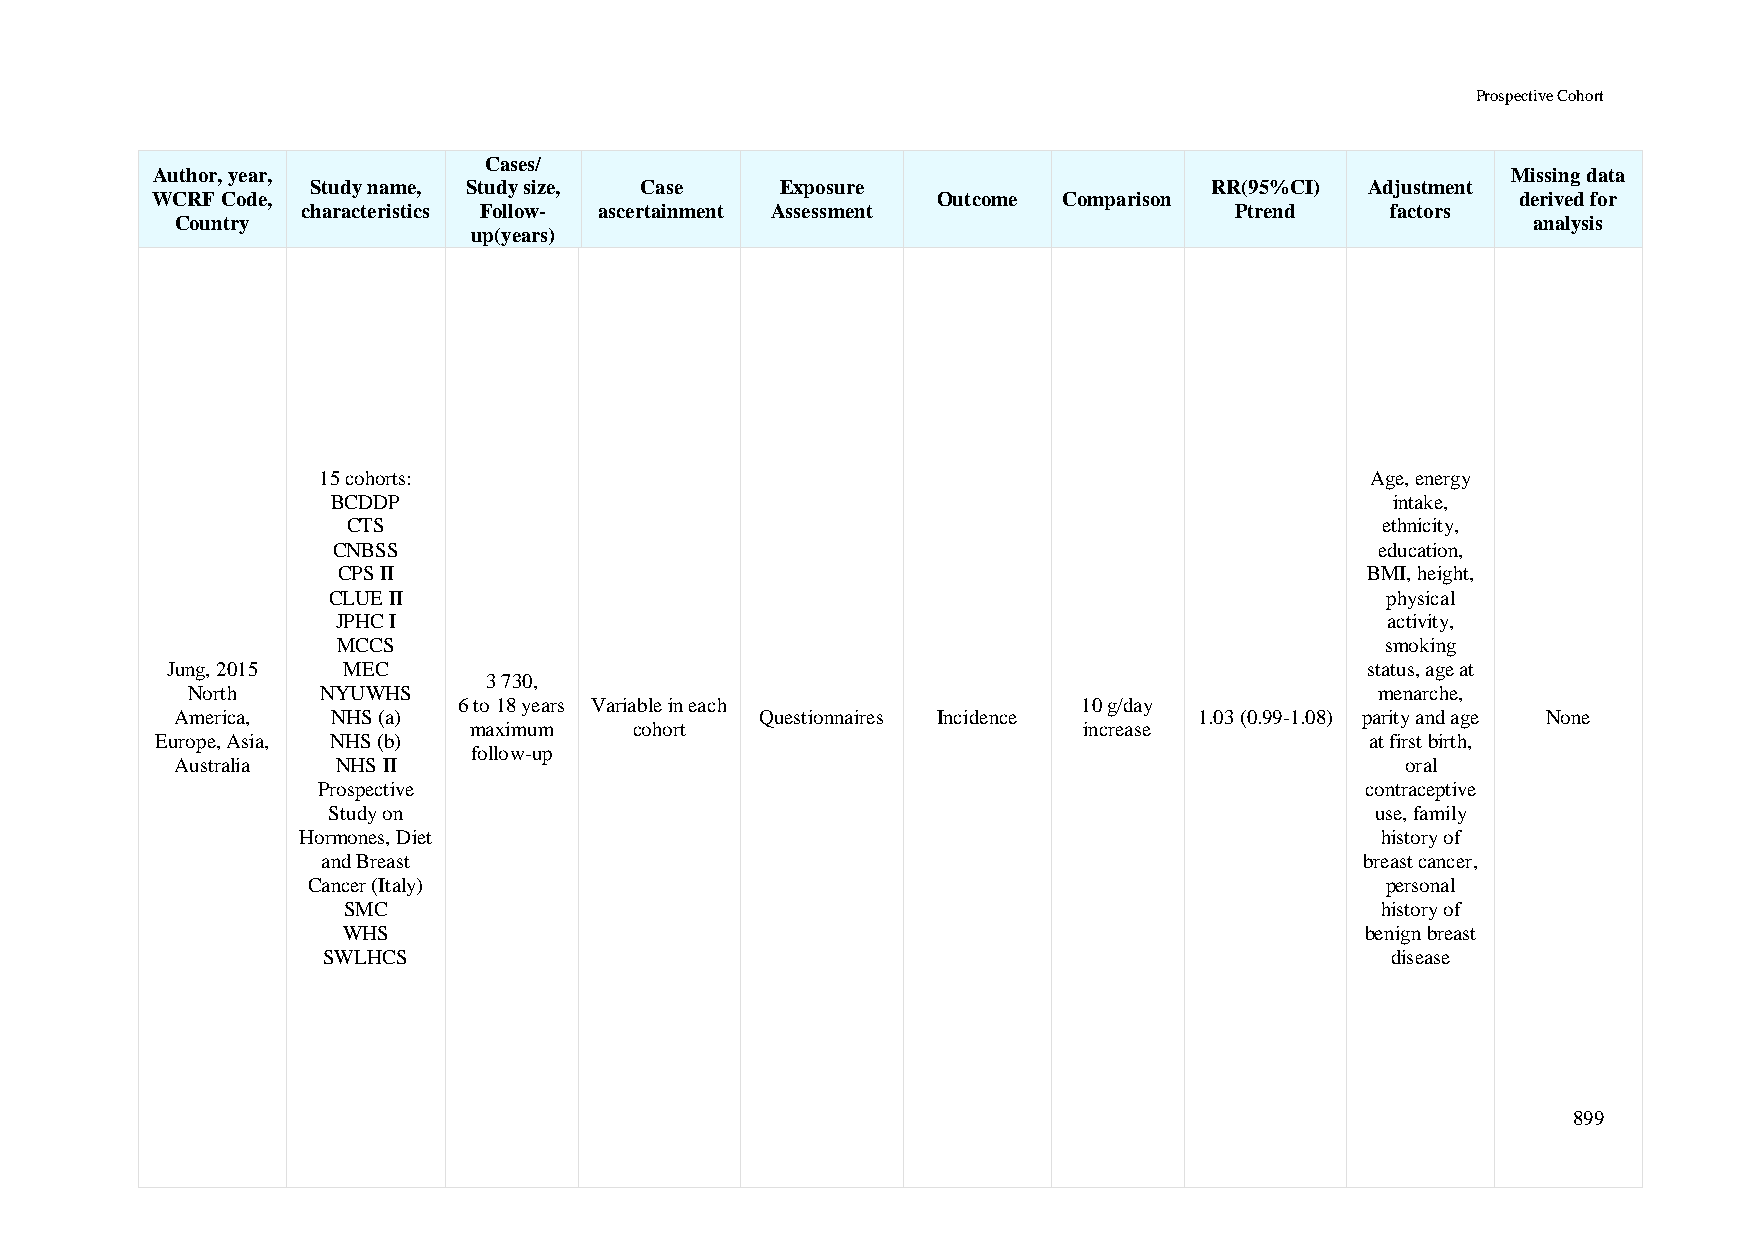
Prospective Cohort
 Cases/
 Author, year,                                                                             Missing data
 Study name, Study size, Case   Exposure                    RR(95%CI)  Adjustment
 WCRF Code,                                          Outcome Comparison                     derived for
 characteristics Follow- ascertainment Assessment              Ptrend    factors
 Country                                                                                  analysis
 up(years)
 15 cohorts:                                                           Age, energy
 BCDDP                                                                 intake,
 CTS                                                                 ethnicity,
 CNBSS                                                                education,
 CPS II                                                               BMI, height,
 CLUE II                                                               physical
 JPHC I                                                                activity,
 MCCS                                                                  smoking
 Jung, 2015  MEC                                                                 status, age at
 3 730,
 North    NYUWHS                                                                menarche,
 6 to 18 years Variable in each            10 g/day
 America,  NHS (a)                     Questionnaires Incidence     1.03 (0.99-1.08) parity and age None
 maximum    cohort                        increase
 Europe, Asia, NHS (b)                                                            at first birth,
 follow-up
 Australia NHS II                                                                 oral
 Prospective                                                          contraceptive
 Study on                                                             use, family
 Hormones, Diet                                                         history of
 and Breast                                                           breast cancer,
 Cancer (Italy)                                                          personal
 SMC                                                                 history of
 WHS                                                                benign breast
 SWLHCS                                                                 disease
 899